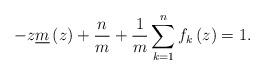
LaTeX: \begin{align*}-z\underline{m}\left(z\right)+\frac{n}{m}+\frac{1}{m}\sum_{k=1}^nf_k\left(z\right)=1.\end{align*}